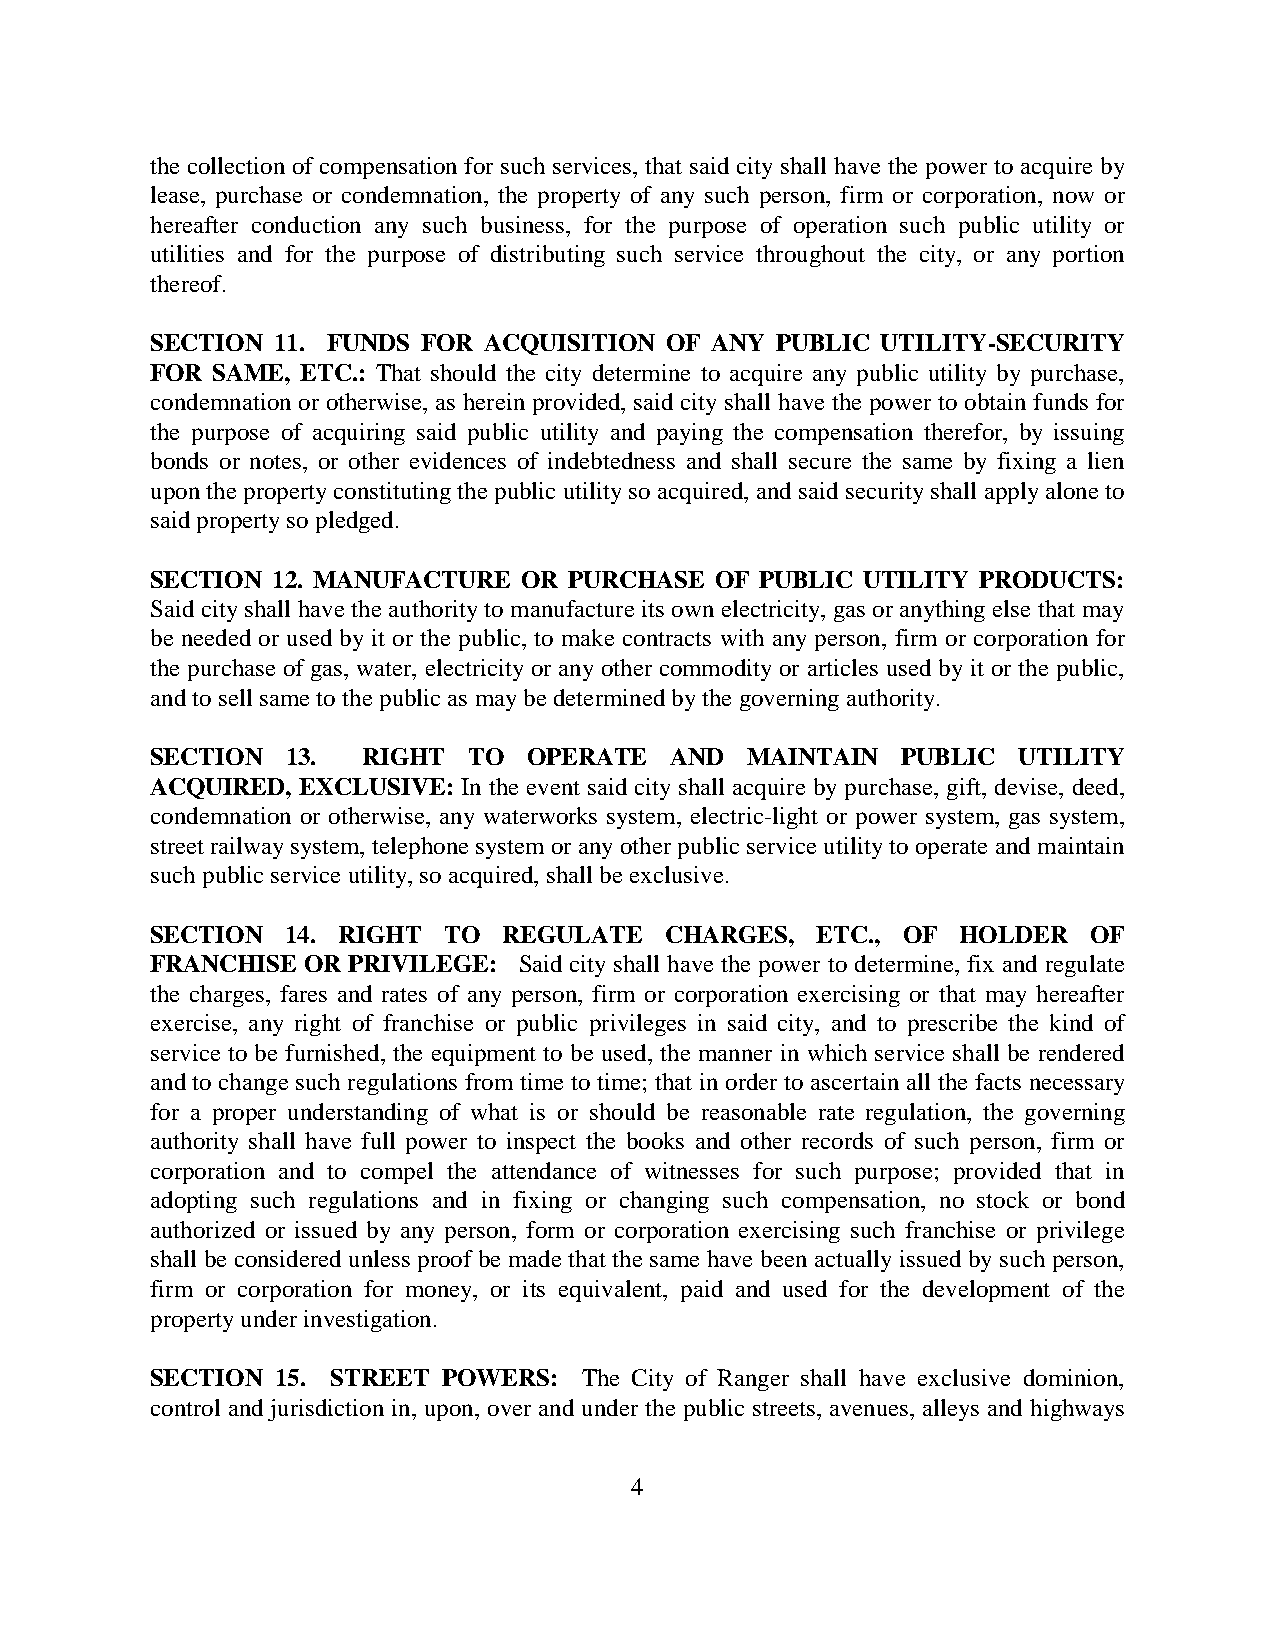
the collection of compensation for such services, that said city shall have the power to acquire by
 lease, purchase or condemnation, the property of any such person, firm or corporation, now or
 hereafter conduction any such business, for the purpose of operation such public utility or
 utilities and for the purpose of distributing such service throughout the city, or any portion
 thereof.
 SECTION 11. FUNDS FOR ACQUISITION OF ANY PUBLIC UTILITY-SECURITY
 FOR SAME, ETC.: That should the city determine to acquire any public utility by purchase,
 condemnation or otherwise, as herein provided, said city shall have the power to obtain funds for
 the purpose of acquiring said public utility and paying the compensation therefor, by issuing
 bonds or notes, or other evidences of indebtedness and shall secure the same by fixing a lien
 upon the property constituting the public utility so acquired, and said security shall apply alone to
 said property so pledged.
 SECTION 12. MANUFACTURE  OR PURCHASE OF PUBLIC UTILITY PRODUCTS:
 Said city shall have the authority to manufacture its own electricity, gas or anything else that may
 be needed or used by it or the public, to make contracts with any person, firm or corporation for
 the purchase of gas, water, electricity or any other commodity or articles used by it or the public,
 and to sell same to the public as may be determined by the governing authority.
 SECTION  13.  RIGHT  TO  OPERATE  AND  MAINTAIN   PUBLIC UTILITY
 ACQUIRED, EXCLUSIVE: In the event said city shall acquire by purchase, gift, devise, deed,
 condemnation or otherwise, any waterworks system, electric-light or power system, gas system,
 street railway system, telephone system or any other public service utility to operate and maintain
 such public service utility, so acquired, shall be exclusive.
 SECTION  14. RIGHT TO  REGULATE   CHARGES,  ETC., OF  HOLDER  OF
 FRANCHISE OR PRIVILEGE: Said city shall have the power to determine, fix and regulate
 the charges, fares and rates of any person, firm or corporation exercising or that may hereafter
 exercise, any right of franchise or public privileges in said city, and to prescribe the kind of
 service to be furnished, the equipment to be used, the manner in which service shall be rendered
 and to change such regulations from time to time; that in order to ascertain all the facts necessary
 for a proper understanding of what is or should be reasonable rate regulation, the governing
 authority shall have full power to inspect the books and other records of such person, firm or
 corporation and to compel the attendance of witnesses for such purpose; provided that in
 adopting such regulations and in fixing or changing such compensation, no stock or bond
 authorized or issued by any person, form or corporation exercising such franchise or privilege
 shall be considered unless proof be made that the same have been actually issued by such person,
 firm or corporation for money, or its equivalent, paid and used for the development of the
 property under investigation.
 SECTION 15. STREET POWERS:   The City of Ranger shall have exclusive dominion,
 control and jurisdiction in, upon, over and under the public streets, avenues, alleys and highways
 4